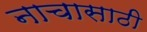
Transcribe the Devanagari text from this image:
नाचासाठी